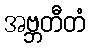
အဗ္ဘတီတံ